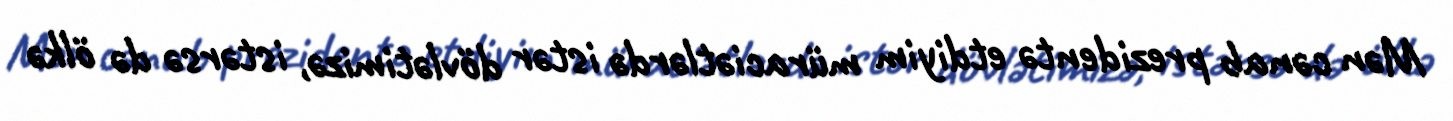
Mən cənab prezidentə etdiyim müraciətlərdə istər dövlətimizə, istərsə də ölkə